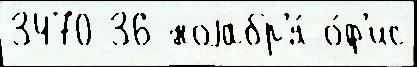
3470 36 ноjабр'я́ о́ф'ис